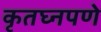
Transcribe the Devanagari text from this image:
कृतघ्नपणे